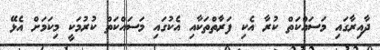
ދާއިރާގައި މަސައްކަތް ކުރާ އެކި ފަރާތްތަކާއި އެކުގައި މަސައްކަތް ކުރުމަކީ މިކަމަށް އެޅޭ